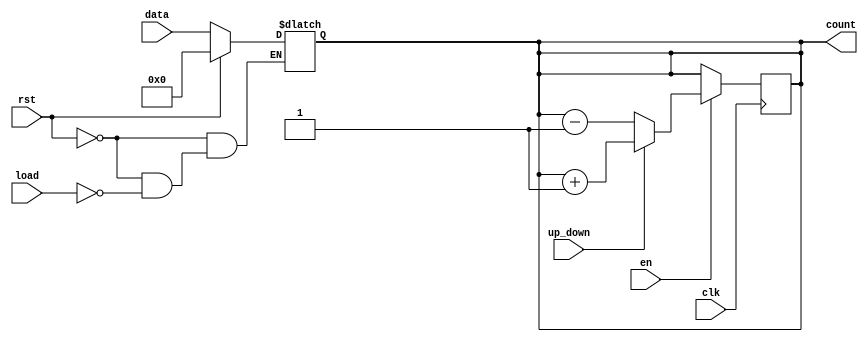
module async_load_counter (
    input wire clk,          // Clock signal
    input wire rst,          // Asynchronous reset
    input wire load,         // Asynchronous load signal
    input wire [7:0] data,   // Load value (8-bit)
    input wire en,           // Count enable
    input wire up_down,      // Counting direction: 1 for up, 0 for down
    output reg [7:0] count   // Counter value (8-bit)
);

    // Initial value for the counter
    initial begin
        count = 8'b0; // Initialize counter to zero
    end

    // Asynchronous reset and load
    always @(*) begin
        if (rst) begin
            count = 8'b0; // Reset counter to zero
        end else if (load) begin
            count = data; // Load specified value
        end
    end

    // Synchronous counting operation
    always @(posedge clk) begin
        if (en) begin
            if (up_down) begin
                count <= count + 1; // Increment counter
            end else begin
                count <= count - 1; // Decrement counter
            end
        end
    end

endmodule